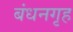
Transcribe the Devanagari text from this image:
बंधनगृह